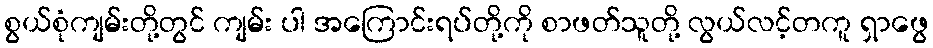
စွယ်စုံကျမ်းတို့တွင် ကျမ်း ပါ အကြောင်းရပ်တို့ကို စာဖတ်သူတို့ လွယ်လင့်တကူ ရှာဖွေ